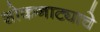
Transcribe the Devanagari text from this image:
शोकनाट्याचे